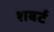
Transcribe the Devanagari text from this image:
शबर्ट